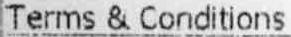
TERMS & CONDITIONS